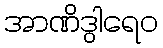
အာဏိဒွါရေဝ